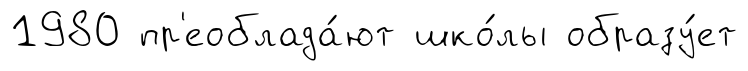
1980 пр'еоблада́ют шко́лы образу́ет